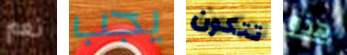
نعم يجب تتكون هذه